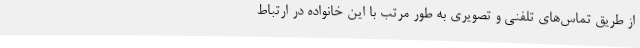
از طریق تماس‌های تلفنی و تصویری به طور مرتب با این خانواده در ارتباط